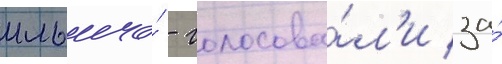
ильича́ - голосова́л'и за́